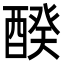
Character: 䤆